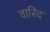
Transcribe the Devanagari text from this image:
वारिद